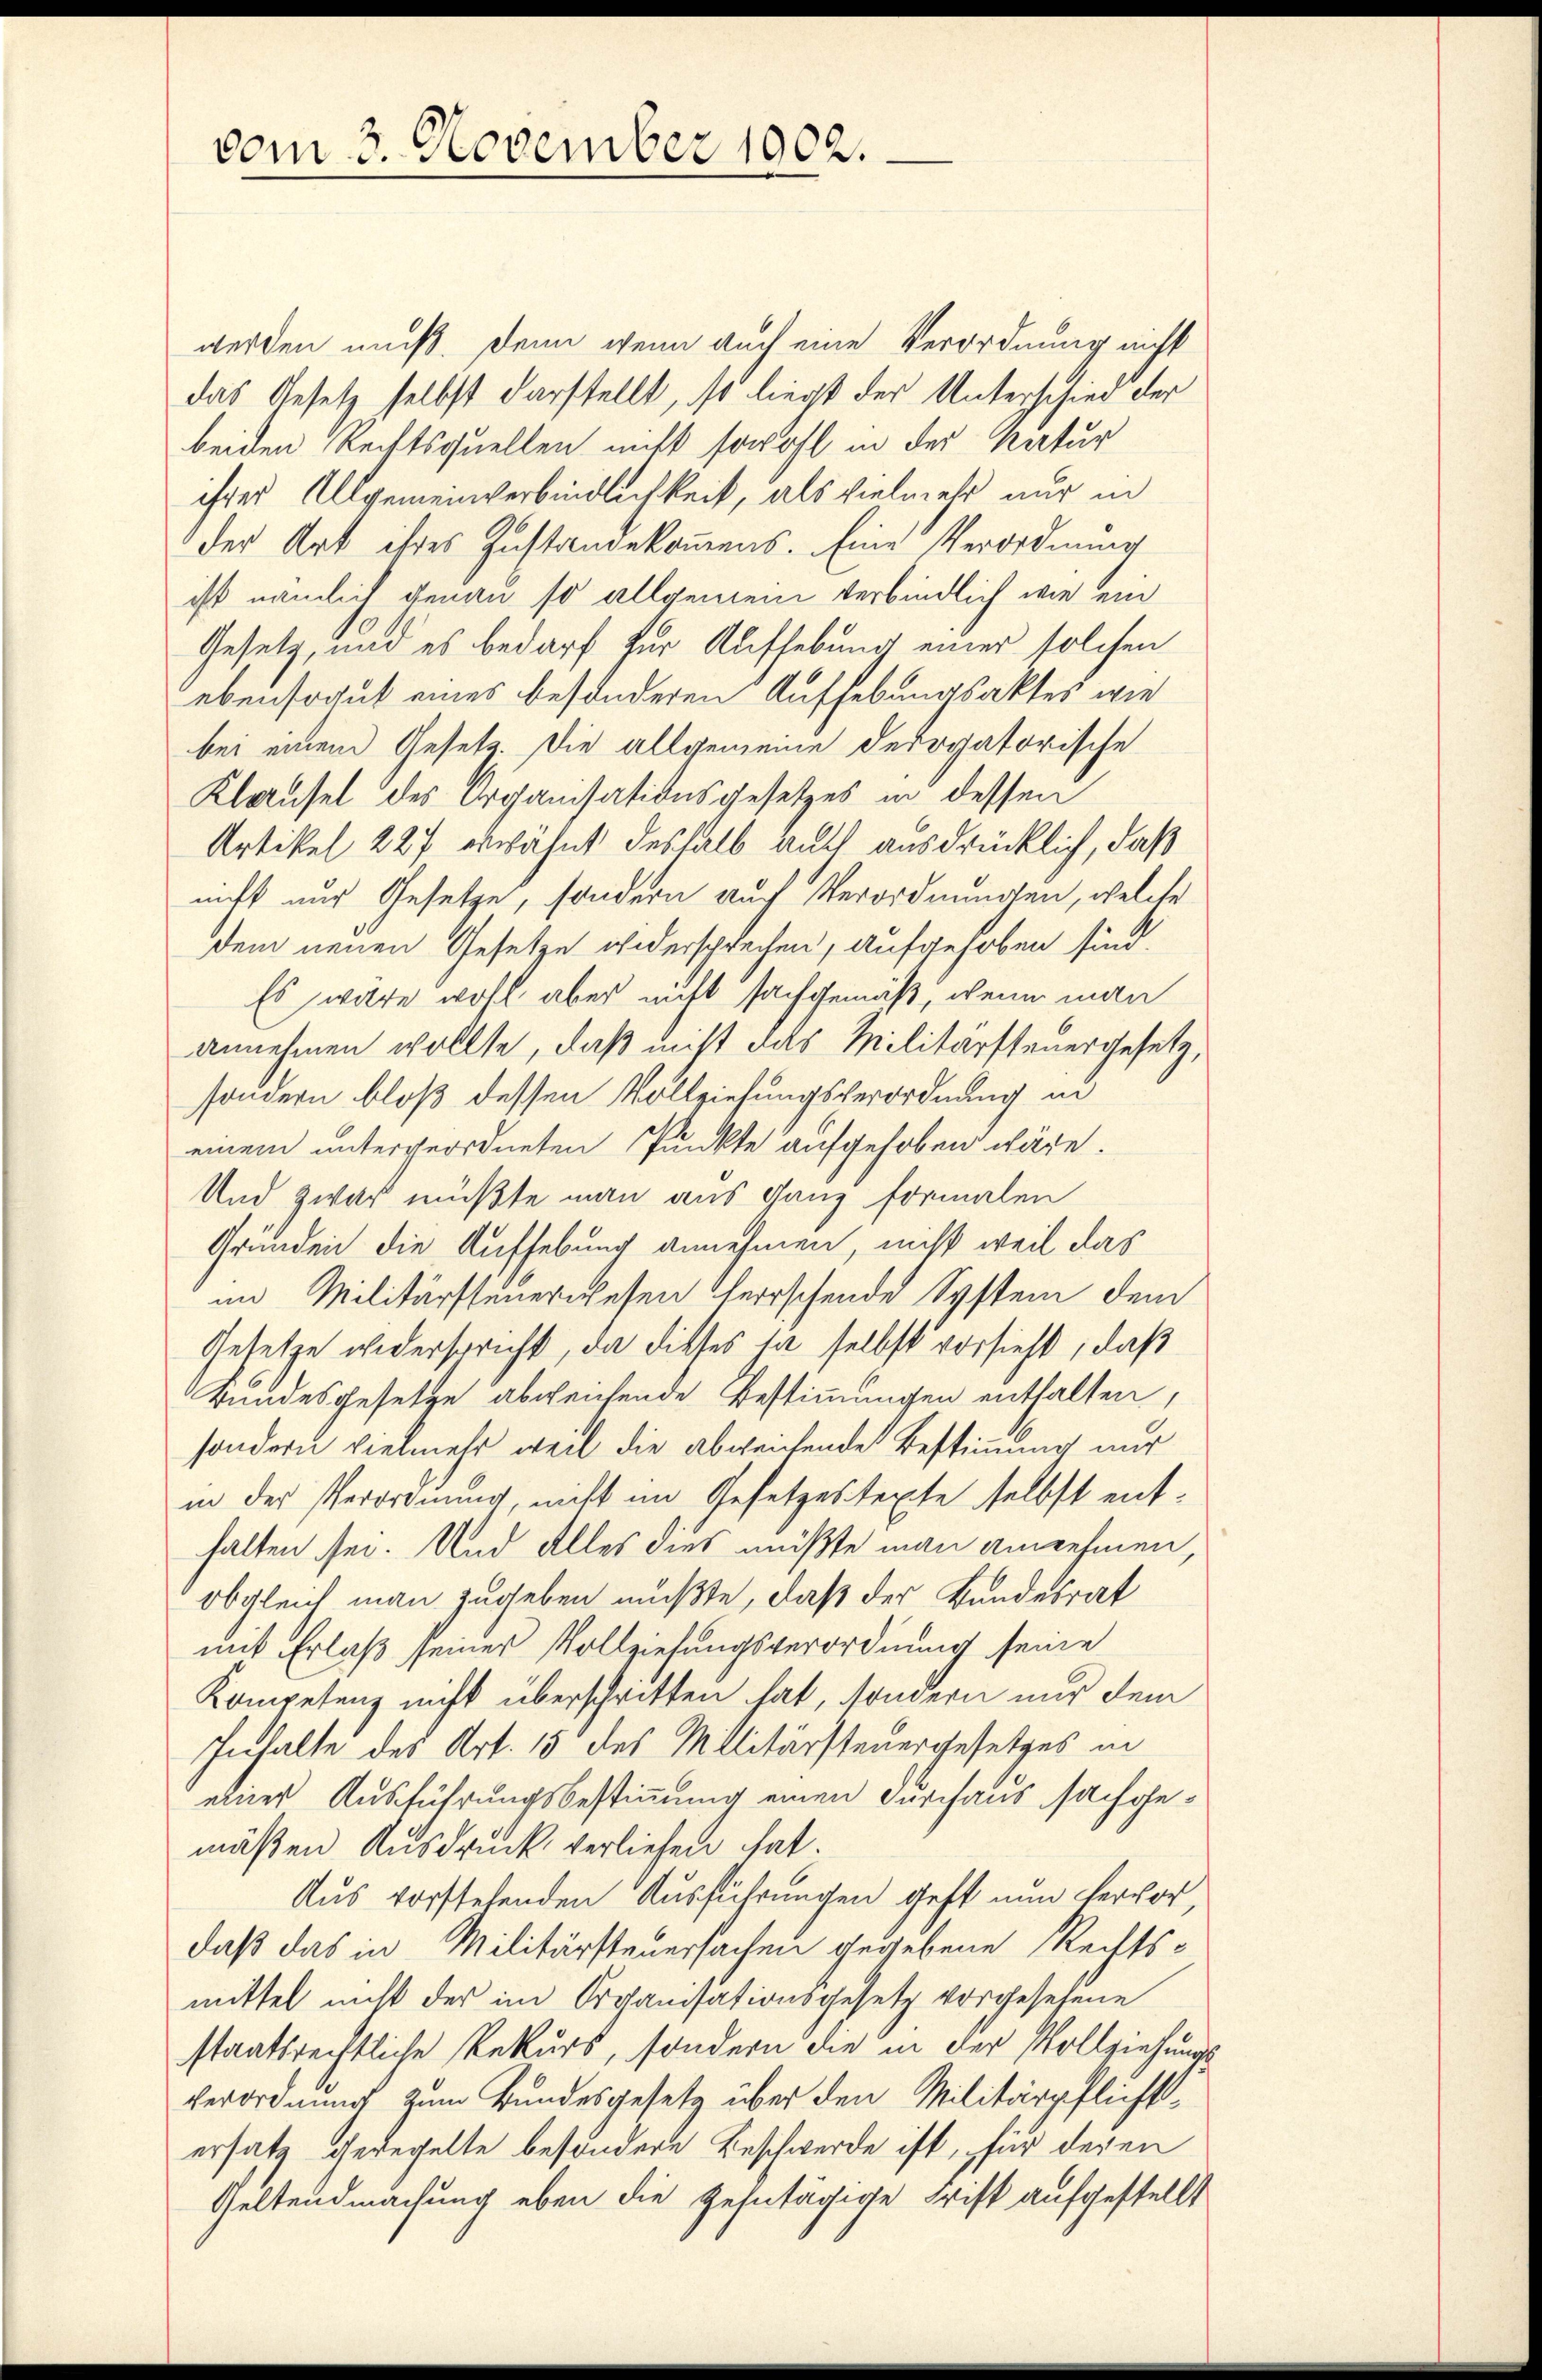
vom 3. November 1902.

werden muß. Denn wenn auch eine Verordnung nicht
das Gesetz selbst darstellt, so liegt der Unterschied der
beiden Rechtsquellen nicht sowohl in der Natur
ihrer Allgemeinverbindlichkeit, als vielmehr nur in
der Art ihres Zustandekommens. Eine Verordnung
ist nämlich genau so allgemein verbindlich wie ein
Gesetz, und es bedarf für Aufhebung einer solchen
ebensogut eines besonderen Aufhebungsaktes wie
bei einem Gesetz. Die allgemeine derogatorische
Klausel des Organisationsgesetzes in dessen
Artikel 227 erwähnt deshalb auch ausdrücklich, daß
nicht nur Gesetze, sondern auch Verordnungen, welche
dem neuen Gesetze widersprechen, aufgehoben sind.
Es wäre wohl aber nicht sachgemäß, wenn man
annehmen wollte, daß nicht das Militärsteuergesetz,
sondern bloß dessen Vollziehungsverordnung in
einem untergeordneten Punkte aufgehoben wäre.
Und zwar müßte man aus Ganz formalen
Gründen die Aufhebung annehmen, niß weil das
im Militärsteuerwesen herrschende System dem
Gesetze widerspricht, da dieses ja selbst vorsieht, daß
Bundesgesetze abweichende Bestimmungen enthalten,
sondern vielmehr, weil die abweichende Bestimmung nur
in der Verordnung, nicht im Gesetzestexte selbst enthalten sei. Und alles dies müßte man annehmen,
obgleich man zugeben müßte, daß der Bundesrat
mit Erlaß seines Vollziehungsverordnung seine
Kompetenz nicht überschritten hat, sondern nur dem
Inhalte des Art. 15 des Militärsteuergesetzes in
einer Ausführungsbestimmung einen Durchaus sachgemäßen Ausdruck verliefen hat
Aus vorstehenden Ausführungen geht nun hervor,
daß das in Militärsteuersachen gegebene Rechtsmittel nicht der im Organisationsgesetz vorgesehene
staatsrechtliche Rekurs, sondern die in der Vollziehungs¬
Verordnung zum Bundesgesetz über den Militärpflichtsersatz geregelte besondere Beschwerde ist, für deren
Geltendmachung eben die Zehntägige Frist aufgestellt